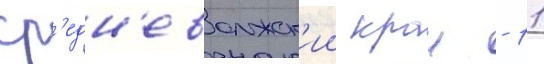
ср'едн'еволжск'ии краи - 11